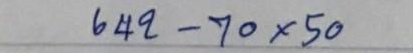
642 - 70 x 50